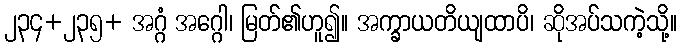
၂၃၄+၂၃၅+ အဂ္ဂံ အဂ္ဂေါ၊ မြတ်၏ဟူ၍။ အက္ခာယတိယျထာပိ၊ ဆိုအပ်သကဲ့သို့။